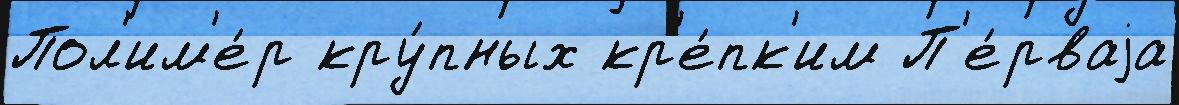
Пол'им'е́р кру́пных кр'е́пк'им П'е́рваjа